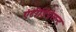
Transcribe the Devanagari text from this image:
एंटीडिप्रेसन्ट